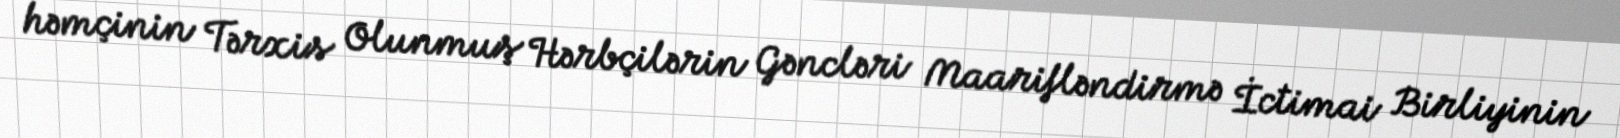
həmçinin Tərxis Olunmuş Hərbçilərin Gəncləri Maarifləndirmə İctimai Birliyinin